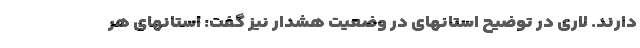
دارند. لاری در توضیح استانهای در وضعیت هشدار نیز گفت: استانهای هر